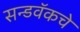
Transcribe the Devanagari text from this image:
सन्डवॅकचे